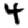
Digit: 4